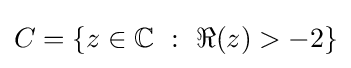
C=\{z\in \mathbb {C} ~:~\Re (z)>-2\}